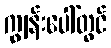
ကျွန်းပေါ်တွင်